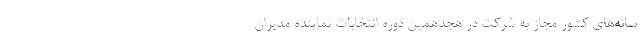
سانه‌های کشور مجاز به شرکت در هجدهمین دوره انتخابات نماینده مدیران